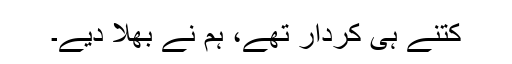
کتنے ہی کردار تھے، ہم نے بھلا دیے۔